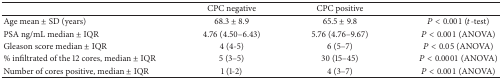
|  | CPC negative | CPC positive |  |
 | --- | --- | --- | --- |
 | Age mean ± SD (years) | 68.3 ± 8.9 | 65.5 ± 9.8 | P < 0.001 (t-test) |
 | PSA ng/mL median ± IQR | 4.76 (4.50–6.43) | 5.76 (4.76–9.67) | P < 0.001 (ANOVA) |
 | Gleason score median ± IQR | 4 (4-5) | 6 (5–7) | P < 0.05 (ANOVA) |
 | % infiltrated of the 12 cores, median ± IQR | 5 (3–5) | 30 (15–45) | P < 0.0001 (ANOVA) |
 | Number of cores positive, median ± IQR | 1 (1-2) | 4 (3–7) | P < 0.001 (ANOVA) |